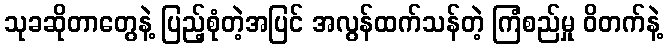
သုခဆိုတာတွေနဲ့ ပြည့်စုံတဲ့အပြင် အလွန်ထက်သန်တဲ့ ကြံစည်မှု ဝိတက်နဲ့